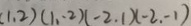
( 1 , 2 ) ( 1 , - 2 ) ( - 2 , 1 ) ( - 2 , - 1 )